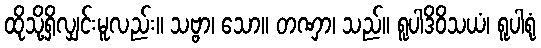
ထိုသို့ရှိလျှင်းမူလည်း။ သဗ္ဗာ၊ သော။ တဏှာ၊ သည်။ ရူပါဒိဝိသယံ၊ ရူပါရုံ